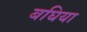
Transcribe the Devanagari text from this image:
बघिया